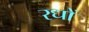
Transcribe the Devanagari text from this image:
रधों